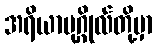
အရိယာပုဂ္ဂိုလ်တို့မှာ